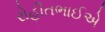
રોહીતભાઈએ